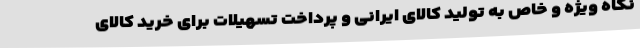
نگاه ویژه و خاص به تولید کالای ایرانی و پرداخت تسهیلات برای خرید کالای